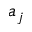
a _ { j }